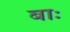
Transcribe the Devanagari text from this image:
बाः